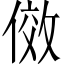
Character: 傚